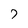
Character: 7